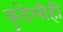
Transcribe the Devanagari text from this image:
कुठेलीही